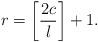
LaTeX: \begin{align*}r=\left[ \frac{2 c}{l} \right] +1.\end{align*}